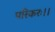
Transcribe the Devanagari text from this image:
परिकरः।।